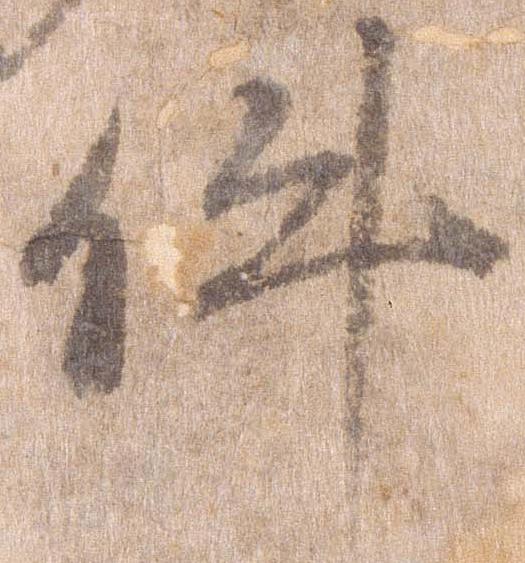
件